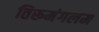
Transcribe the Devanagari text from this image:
तिरूमंगलम